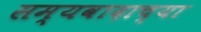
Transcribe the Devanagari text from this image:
सम्यवादाच्या